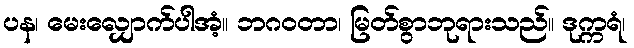
ပန၊ မေးလျှောက်ပါအံ့။ ဘဂဝတာ၊ မြတ်စွာဘုရားသည်။ ဒုက္ကရံ၊